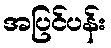
အပြင်ပန်း